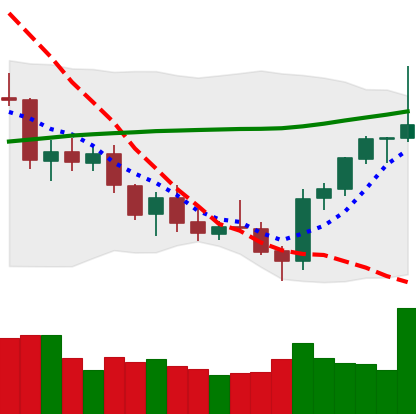
Ticker: ETH-USD
Chart end date: 2021-07-26
Forward return: 13.56%
Label: up_7plus